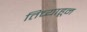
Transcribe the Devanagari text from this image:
तिच्याहून